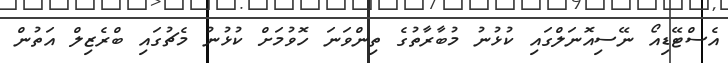
އެސްޓޭޑިއޯ ނޭސިއޮނަލްގައި ކުޅުނު މުބާރާތުގެ ތިންވަނަ ހޮވުމަށް ކުޅުނު މެޗުގައި ބްރެޒިލް އަތުން